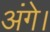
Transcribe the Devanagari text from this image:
अंगे।